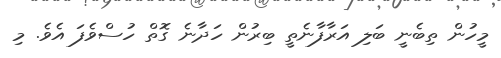
މީހުން ތިބެނީ ބަލި އަރާފާނެތީ ބިރުން ހަދާނެ ގޮތް ހުސްވެފަ އެވެ. މި